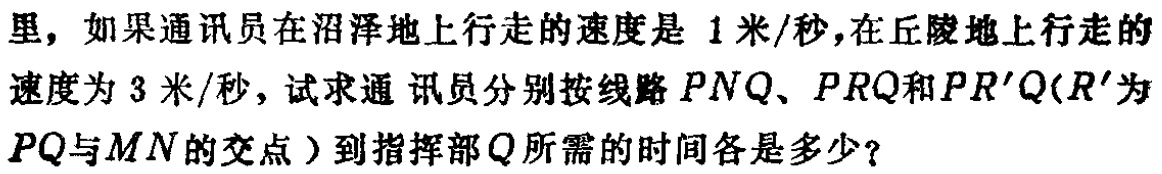
里，如果通讯员在沼泽地上行走的速度是 1 米/秒，在丘陵地上行走的速度为 3 米/秒，试求通 讯员分别按线路 \(PNQ\)、\(PRQ\)和\(PR'Q\)(\(R'\)为 \(PQ\)与\(MN\)的交点 ) 到指挥部 \(Q\)所需的时间各是多少？